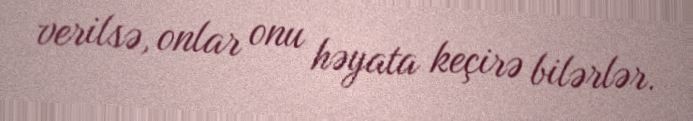
verilsə, onlar onu həyata keçirə bilərlər.